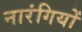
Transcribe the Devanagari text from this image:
नारंगियों